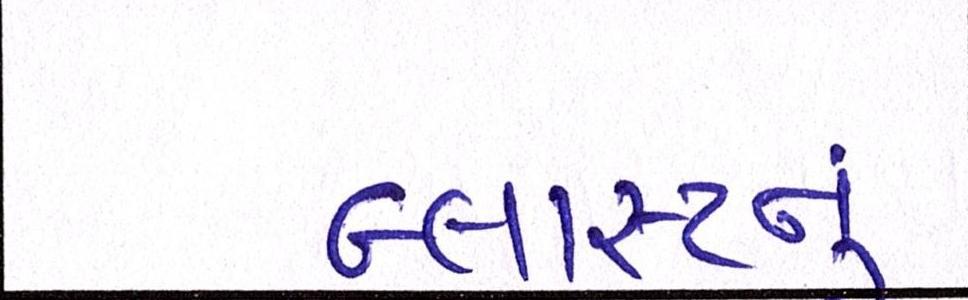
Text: બ્લાસ્ટનું